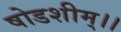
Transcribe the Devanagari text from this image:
षोडशीम्।।